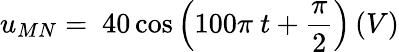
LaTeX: u_{MN}=\ 40\cos{\left(100\pi\ t+\frac{\pi}{2}\right)}\left(V\right)